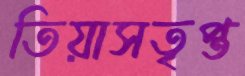
তিয়াসতৃপ্ত